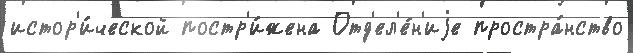
истор'и́ческой постр'и́жена Отд'ел'е́н'иjе простра́нство